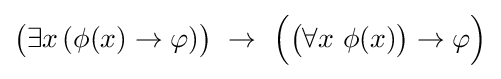
{\big (}\exists x\,(\phi (x)\to \varphi ){\big )}\,\,\to \,\,{\Big (}{\big (}\forall x\ \phi (x){\big )}\to \varphi {\Big )}